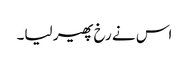
اس نے رخ پھیر لیا۔